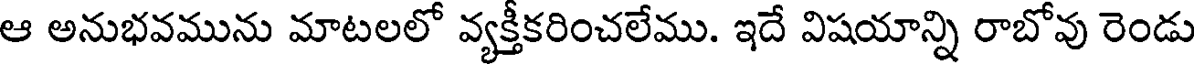
ఆ అనుభవమును మాటలలో వ్యక్తీకరించలేము. ఇదే విషయాన్ని రాబోవు రెండు